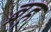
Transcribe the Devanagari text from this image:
ब्रह्